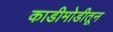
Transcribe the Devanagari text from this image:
काडीमोडीतून